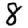
Digit: 8